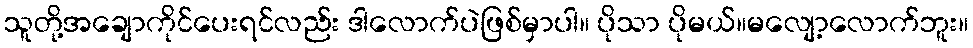
သူတို့အချောကိုင်ပေးရင်လည်း ဒါလောက်ပဲဖြစ်မှာပါ။ ပိုသာ ပိုမယ်။မလျော့လောက်ဘူး။